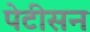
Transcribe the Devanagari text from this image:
पेटीसन